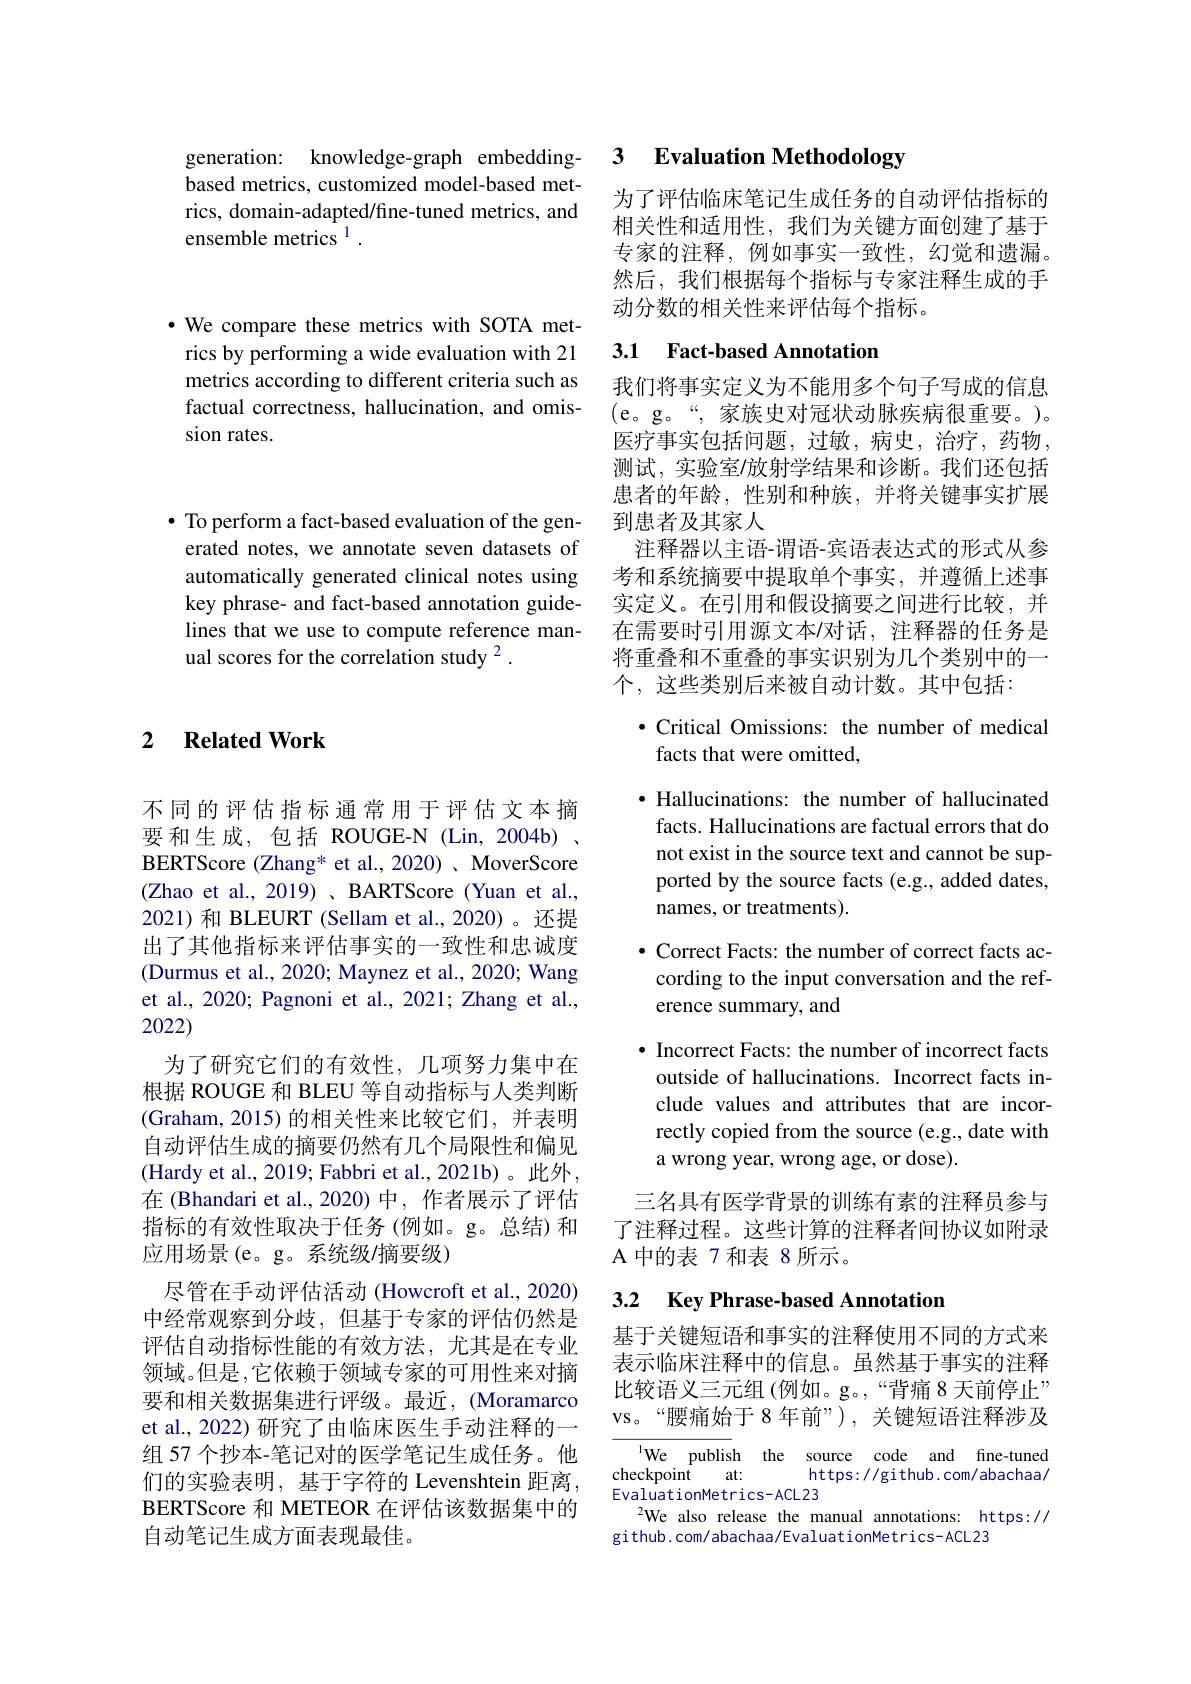
generation: knowledge-graph embeddingbased metrics, customized model-based metrics, domain-adapted/fine-tuned metrics, and ensemble metrics $^{1}.$

$\cdot$ We compare these metrics with SOTA metrics by performing a wide evaluation with 21 metrics according to different criteria such as factual correctness, hallucination, and omission rates.

$\bullet$ To perform a fact-based evaluation of the generated notes, we annotate seven datasets of automatically generated clinical notes using key phrase- and fact-based annotation guidelines that we use to compute reference manual scores for the correlation study $^{2}.$

### 2 $\textbf{Related Work}$

不同的评估指标通常用于评估文本摘要和生成，包括 ROUGE-N (Lin,2004b) . BERTScore (Zhang* et al., 2020) 、MoverScore (Zhao et al., 2019)、BARTScore (Yuan et al., 2021)和 BLEURT (Sellam et al.,2020)。还提出了其他指标来评估事实的一致性和忠诚度(Durmus et al., 2020; Maynez et al., 2020; Wang et al., 2020; Pagnoni et al., 2021; Zhang et al., 2022)
为了研究它们的有效性，几项努力集中在根据 ROUGE 和 BLEU 等自动指标与人类判断(Graham,2015)的相关性来比较它们，并表明自动评估生成的摘要仍然有几个局限性和偏见(Hardy et al., 2019; Fabbri et al., 2021b)。此外， 在 (Bhandari et al.,2020) 中，作者展示了评估指标的有效性取决于任务(例如。g。总结) 和应用场景(e。g。系统级/摘要级)
尽管在手动评估活动 (Howcroft et al., 2020) 中经常观察到分歧，但基于专家的评估仍然是评估自动指标性能的有效方法，尤其是在专业领域。但是，它依赖于领域专家的可用性来对摘要和相关数据集进行评级。最近，(Moramarco et al., 2022) 研究了由临床医生手动注释的一组 57 个抄本-笔记对的医学笔记生成任务。他们的实验表明，基于字符的 Levenshtein 距离， BERTScore 和 METEOR 在评估该数据集中的自动笔记生成方面表现最佳。

### 3 $\textbf{Evaluation Methodology}$

为了评估临床笔记生成任务的自动评估指标的相关性和适用性，我们为关键方面创建了基于专家的注释，例如事实一致性，幻觉和遗漏。然后，我们根据每个指标与专家注释生成的手动分数的相关性来评估每个指标。

# 3.1 Fact-based Annotation

我们将事实定义为不能用多个句子写成的信息(e。g。“, 家族史对冠状动脉疾病很重要。)。医疗事实包括问题，过敏，病史，治疗，药物， 测试，实验室/放射学结果和诊断。我们还包括患者的年龄，性别和种族，并将关键事实扩展到患者及其家人
注释器以主语-谓语-宾语表达式的形式从参考和系统摘要中提取单个事实，并遵循上述事实定义。在引用和假设摘要之间进行比较，并在需要时引用源文本/对话，注释器的任务是将重叠和不重叠的事实识别为几个类别中的一个，这些类别后来被自动计数。其中包括：

$\bullet$ Critical Omissions: the number of medical
## facts that were omitted,

$\bullet$ Hallucinations: the number of hallucinated facts. Hallucinations are factual errors that do not exist in the source text and cannot be supported by the source facts (e.g., added dates, names, or treatments).
$\bullet$ Correct Facts: the number of correct facts ac-
cording to the input conversation and the ref-
erence summary, and
· Incorrect Facts: the number of incorrect facts
outside of hallucinations. Incorrect facts include values and attributes that are incorrectly copied from the source (e.g., date with a wrong year, wrong age, or dose).
三名具有医学背景的训练有素的注释员参与了注释过程。这些计算的注释者间协议如附录A 中的表 7 和表 8 所示。
3.2 Key Phrase-based Annotation
基于关键短语和事实的注释使用不同的方式来

表示临床注释中的信息。虽然基于事实的注释比较语义三元组(例如。g。,“背痛 8 天前停止” VS。“腰痛始于8年前”), 关键短语注释涉及

$^{\mathrm{l}}$We publish the source code and fine-tuned
checkpoint   at:
https://github.com/abachaa/
EvaluationMetrics-ACL23
$^{2}$We also release the manual annotations: https://
github.com/abachaa/EvaluationMetrics-ACL23